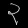
Digit: ၃